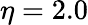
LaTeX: \eta=2.0